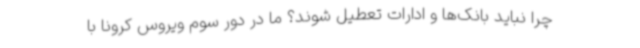
چرا نباید بانک‌ها و ادارات تعطیل شوند؟ ما در دور سوم ویروس کرونا با